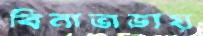
বিনাভাড়ায়